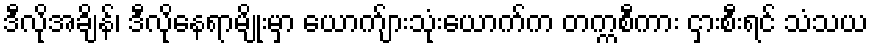
ဒီလိုအချိန်၊ ဒီလိုနေရာမျိုးမှာ ယောက်ျားသုံးယောက်က တက္ကစီကား ငှားစီးရင် သံသယ